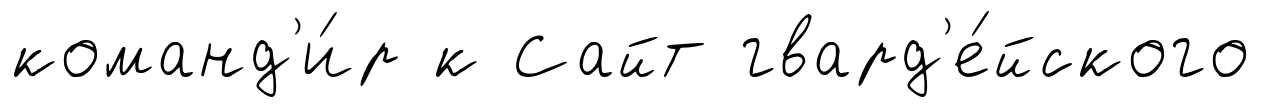
команд'и́р к Сайт гвард'е́йского